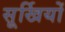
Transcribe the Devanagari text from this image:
सूर्खियों